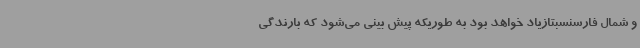
و شمال فارسنسبتازیاد خواهد بود به طوریکه پیش بینی می‌شود که بارندگی